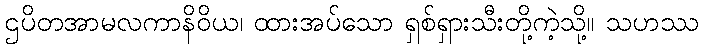
ဌပိတအာမလကာနိဝိယ၊ ထားအပ်သော ရှစ်ရှားသီးတို့ကဲ့သို့။ သဟဿ